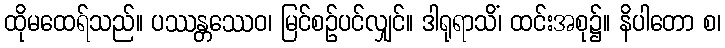
ထိုမထေရ်သည်။ ပဿန္တဿေဝ၊ မြင်စဉ်ပင်လျှင်။ ဒါရုရာသိံ၊ ထင်းအစု၌။ နိပါတော စ၊